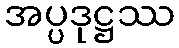
အပ္ပဒုဋ္ဌဿ